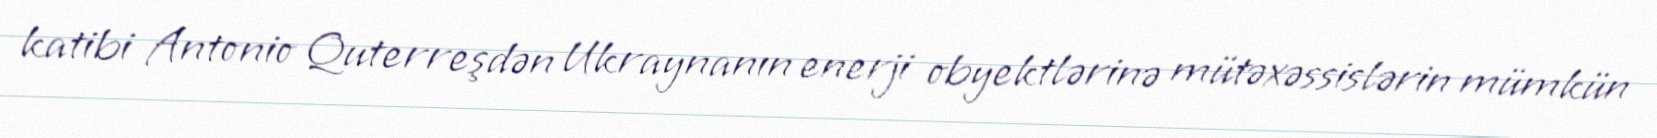
katibi Antonio Quterreşdən Ukraynanın enerji obyektlərinə mütəxəssislərin mümkün